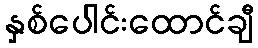
နှစ်ပေါင်းထောင်ချီ